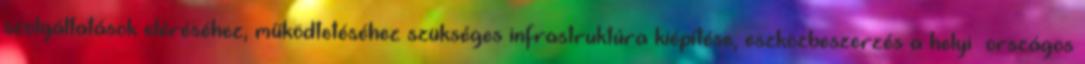
szolgáltatások eléréséhez, működtetéséhez szükséges infrastruktúra kiépítése, eszközbeszerzés a helyi országos